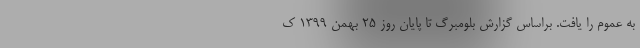
به عموم را یافت. براساس گزارش بلومبرگ تا پایان روز 25 بهمن 1399 ک